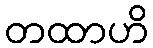
တထာဟိ